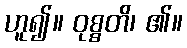
ဟူ၍။ ဝုစ္စတိ၊ ၏။